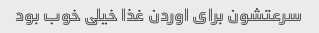
سرعتشون برای اوردن غذا خیلی خوب بود